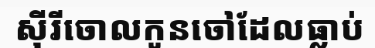
ស៊ីរីចោលកូនចៅដែលធ្លាប់